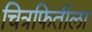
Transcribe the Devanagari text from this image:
चित्रफितीला